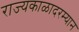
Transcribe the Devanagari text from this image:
राज्यकाळादरम्यान